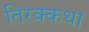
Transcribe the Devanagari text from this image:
तिरक्कथा